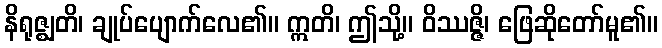
နိရုဇ္ဈတိ၊ ချုပ်ပျောက်လေ၏။ ဣတိ၊ ဤသို့။ ဝိဿဇ္ဇိ၊ ဖြေဆိုတော်မူ၏။